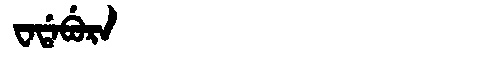
Manchu: ᠸᠠᡩᠠᠪᡠᡵᠠ
Romanization: WADABURA